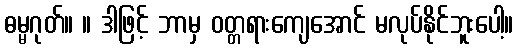
ဓမ္မဂုတ်။ ။ ဒါဖြင့် ဘာမှ ဝတ္တရားကျေအောင် မလုပ်နိုင်ဘူးပေါ့။